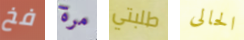
فخ مرة طلبتي الحالى